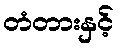
တံတားနှင့်